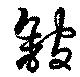
舘